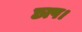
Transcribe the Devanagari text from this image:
छाप।